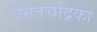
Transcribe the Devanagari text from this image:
हेमंतचंद्रिका